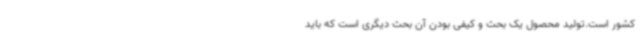
کشور است.تولید محصول یک بحث و کیفی بودن آن بحث دیگری است که باید